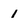
Character: 1